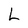
Character: L